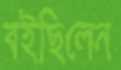
বইছিলেন